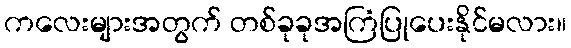
ကလေးများအတွက် တစ်ခုခုအကြံပြုပေးနိုင်မလား။